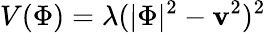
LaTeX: V(\Phi)=\lambda(|\Phi|^{2}-\mathbf{v}^{2})^{2}